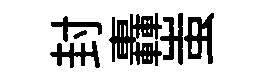
封轟蚩